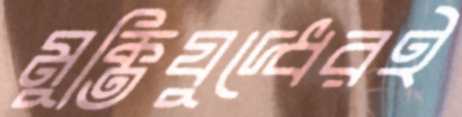
মুক্তিযুদ্ধেরই